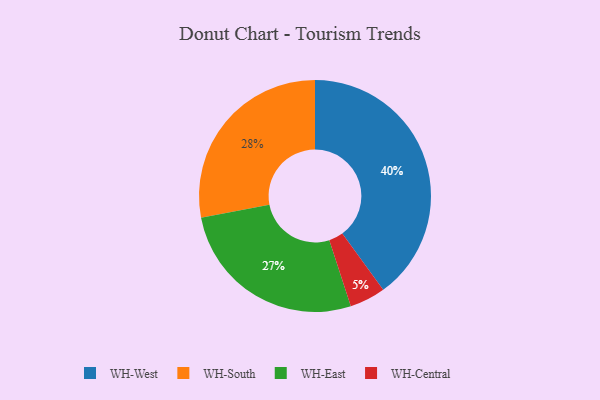
{"axis": {"x": "Category", "y": "Percentage"}, "legend": ["WH-Central", "WH-East", "WH-South", "WH-West"], "data": [{"x": "WH-South", "y": 28, "type": "WH-South"}, {"x": "WH-East", "y": 27, "type": "WH-East"}, {"x": "WH-West", "y": 40, "type": "WH-West"}, {"x": "WH-Central", "y": 5, "type": "WH-Central"}]}